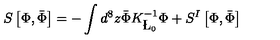
S \left[ \Phi , \bar { \Phi } \right] = - \int d ^ { 8 } z \bar { \Phi } K _ { \L _ { 0 } } ^ { - 1 } \Phi + S ^ { I } \left[ \Phi , \bar { \Phi } \right]